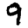
Digit: 9